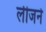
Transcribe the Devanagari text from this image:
लीजने